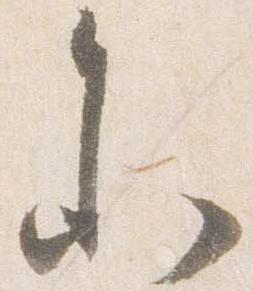
参